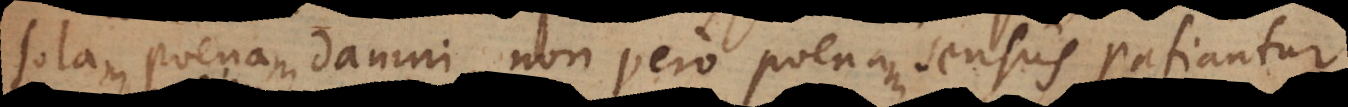
solam poenam damni, non vero poenam sensus patiantur,